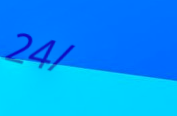
24/7